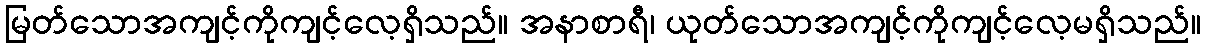
မြတ်သောအကျင့်ကိုကျင့်လေ့ရှိသည်။ အနာစာရီ၊ ယုတ်သောအကျင့်ကိုကျင့်လေ့မရှိသည်။